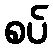
စပ်